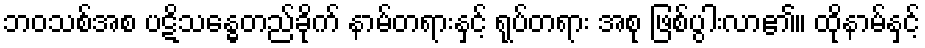
ဘဝသစ်အစ ပဋိသန္ဓေတည်ခိုက် နာမ်တရားနှင့် ရုပ်တရား အစု ဖြစ်ပွါးလာ၏။ ထိုနာမ်နှင့်